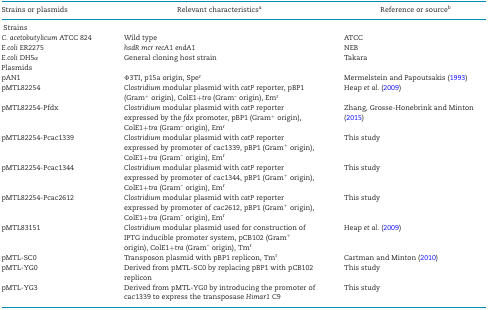
| Strains or plasmids | Relevant characteristicsa | Reference or sourceb |
 | --- | --- | --- |
 | <COLSPAN=3> Strains |
 | C. acetobutylicum ATCC 824 | Wild type | ATCC |
 | E.coli ER2275 | hsdR mcr recA1 endA1 | NEB |
 | E.coli DH5α | General cloning host strain | Takara |
 | <COLSPAN=3> Plasmids |
 | pAN1 | Φ3TI, p15a origin, Sper | Mermelstein and Papoutsakis (1993) |
 | pMTL82254 | Clostridium modular plasmid with catP reporter, pBP1 (Gram+ origin), ColE1+tra (Gram– origin), Emr | Heap et al. (2009) |
 | pMTL82254-Pfdx | Clostridium modular plasmid with catP reporter expressed by the fdx promoter, pBP1 (Gram+ origin), ColE1+tra (Gram– origin), Emr | Zhang, Grosse-Honebrink and Minton (2015) |
 | pMTL82254-Pcac1339 | Clostridium modular plasmid with catP reporter expressed by promoter of cac1339, pBP1 (Gram+ origin), ColE1+tra (Gram– origin), Emr | This study |
 | pMTL82254-Pcac1344 | Clostridium modular plasmid with catP reporter expressed by promoter of cac1344, pBP1 (Gram+ origin), ColE1+tra (Gram– origin), Emr | This study |
 | pMTL82254-Pcac2612 | Clostridium modular plasmid with catP reporter expressed by promoter of cac2612, pBP1 (Gram+ origin), ColE1+tra (Gram– origin), Emr | This study |
 | pMTL83151 | Clostridium modular plasmid used for construction of IPTG inducible promoter system, pCB102 (Gram+ origin), ColE1+tra (Gram– origin), Tmr | Heap et al. (2009) |
 | pMTL-SC0 | Transposon plasmid with pBP1 replicon, Tmr | Cartman and Minton (2010) |
 | pMTL-YG0 | Derived from pMTL-SC0 by replacing pBP1 with pCB102 replicon | This study |
 | pMTL-YG3 | Derived from pMTL-YG0 by introducing the promoter of cac1339 to express the transposase Himar1 C9 | This study |